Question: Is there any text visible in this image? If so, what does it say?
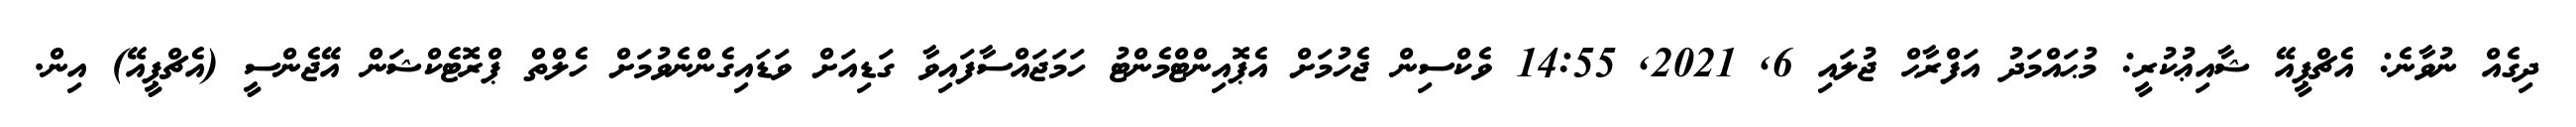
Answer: ދިގެއް ނުވާނެ: އެޗްޕީއޭ ޝާއިޢުކުރީ: މުޙައްމަދު އަފްރާޙް ޖުލައި 6, 2021, 14:55 ވެކްސިން ޖެހުމަށް އެޕޮއިންޓްމެންޓު ހަމަޖައްސާފައިވާ ގަޑިއަށް ވަޑައިގެންނެވުމަށް ހެލްތް ޕްރޮޓެކްޝަން އޭޖެންސީ (އެޗްޕީއޭ) އިން.